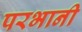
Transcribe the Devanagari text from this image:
परभानी